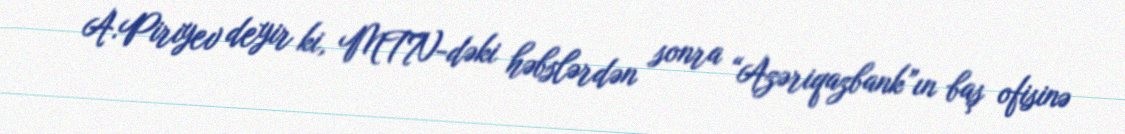
A.Piriyev deyir ki, MTN-dəki həbslərdən sonra “Azəriqazbank”ın baş ofisinə